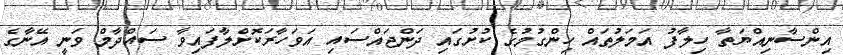
އިންސާނިއްޔަތާ ހިލާފު އަމަލުތައް ހިންގުމުގެ ކުށުގައި ދަންޖައްސައި އަވަހާރަކޮށްލާފައިވާ ސައްދާމް ވަނީ އޭނާގެ